Scientific memoirs by medical officers of the Army of India - Part VII,
Year: 1892
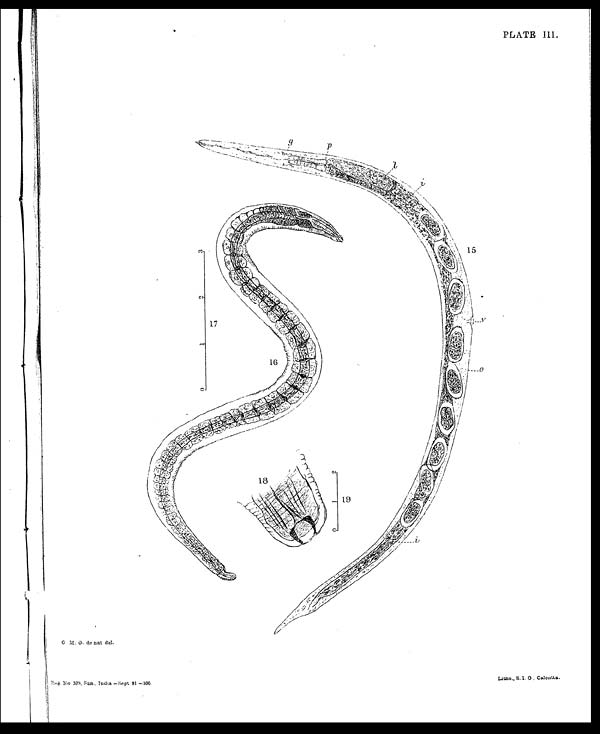
PLATE III.
G. M . G. de nat del.
Reg. No 333. San., India —Sept 91 —300
Litho., S. I. O. Calcutta.